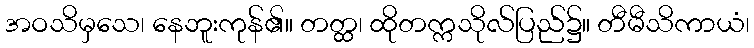
အဝသိမှသေ၊ နေဘူးကုန်၏။ တတ္ထ၊ ထိုတက္ကသိုလ်ပြည်၌။ တီမီသိကာယံ၊